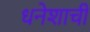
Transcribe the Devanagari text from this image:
धनेशाची